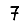
Digit: 7